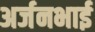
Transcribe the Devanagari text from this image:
अर्जनभाई